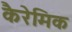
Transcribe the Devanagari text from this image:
कैरेमिक